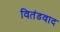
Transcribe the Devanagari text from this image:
वितंडवाद